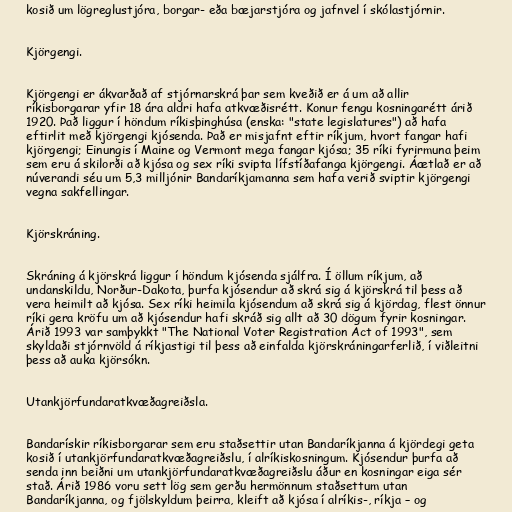
kosið um lögreglustjóra, borgar- eða bæjarstjóra og jafnvel í skólastjórnir.

Kjörgengi.

Kjörgengi er ákvarðað af stjórnarskrá þar sem kveðið er á um að allir
ríkisborgarar yfir 18 ára aldri hafa atkvæðisrétt. Konur fengu kosningarétt árið
1920. Það liggur í höndum ríkisþinghúsa (enska: "state legislatures") að hafa
eftirlit með kjörgengi kjósenda. Það er misjafnt eftir ríkjum, hvort fangar hafi
kjörgengi; Einungis í Maine og Vermont mega fangar kjósa; 35 ríki fyrirmuna þeim
sem eru á skilorði að kjósa og sex ríki svipta lífstíðafanga kjörgengi. Áætlað er að
núverandi séu um 5,3 milljónir Bandaríkjamanna sem hafa verið sviptir kjörgengi
vegna sakfellingar.

Kjörskráning.

Skráning á kjörskrá liggur í höndum kjósenda sjálfra. Í öllum ríkjum, að
undanskildu, Norður-Dakota, þurfa kjósendur að skrá sig á kjörskrá til þess að
vera heimilt að kjósa. Sex ríki heimila kjósendum að skrá sig á kjördag, flest önnur
ríki gera kröfu um að kjósendur hafi skráð sig allt að 30 dögum fyrir kosningar.
Árið 1993 var samþykkt "The National Voter Registration Act of 1993", sem
skyldaði stjórnvöld á ríkjastigi til þess að einfalda kjörskráningarferlið, í viðleitni
þess að auka kjörsókn.

Utankjörfundaratkvæðagreiðsla.

Bandarískir ríkisborgarar sem eru staðsettir utan Bandaríkjanna á kjördegi geta
kosið í utankjörfundaratkvæðagreiðslu, í alríkiskosningum. Kjósendur þurfa að
senda inn beiðni um utankjörfundaratkvæðagreiðslu áður en kosningar eiga sér
stað. Árið 1986 voru sett lög sem gerðu hermönnum staðsettum utan
Bandaríkjanna, og fjölskyldum þeirra, kleift að kjósa í alríkis-, ríkja – og